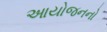
આયોજનનો